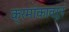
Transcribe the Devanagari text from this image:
क्रमांकावरून